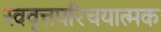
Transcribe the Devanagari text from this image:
स्ववृत्तपरिचयात्मक